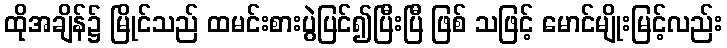
ထိုအချိန်၌ မြိုင်သည် ထမင်းစားပွဲပြင်၍ပြီးပြီ ဖြစ် သဖြင့် မောင်မျိုးမြင့်လည်း